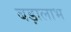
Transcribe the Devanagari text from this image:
बड़ालाभ